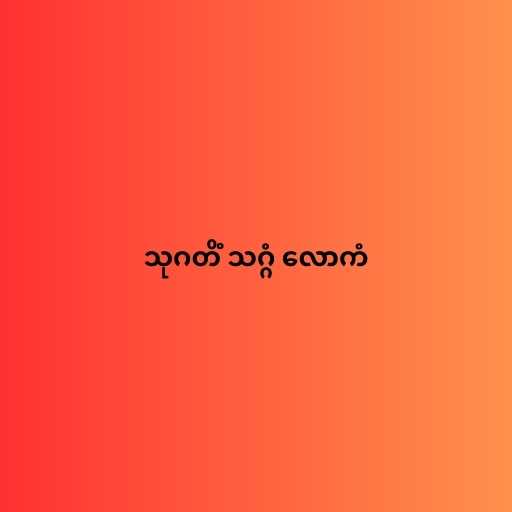
သုဂတိံ သဂ္ဂံ လောကံ